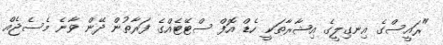
"ރައީސްގެ އިނގިލީގެ އިޝާރާތަކީ ހެޑް އޮފް ސްޓޭޓެއްގެ ފަރާތުން ދޭން ވާނެ މެސެޖެއް